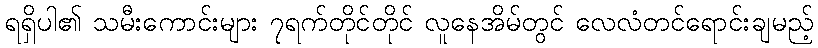
ရရှိပါ၏ သမီးကောင်းများ ၇ရက်တိုင်တိုင် လူနေအိမ်တွင် လေလံတင်ရောင်းချမည့်